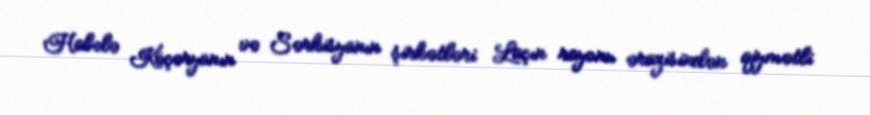
Habelə Köçəryanın və Sərkisyanın şirkətləri Laçın rayonu ərazisindən qiymətli